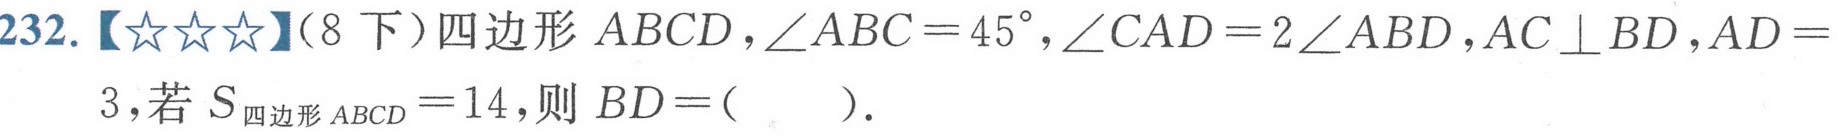
232.【★★★】（8下）四边形\(ABCD\)，\(\angle ABC = 45^{\circ}\)，\(\angle CAD = 2\angle ABD\)，\(AC\perp BD\)，\(AD = 3\)，若\(S_{四边形ABCD}=14\)，则\(BD = (\quad)\).